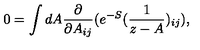
0 = \int d A { \frac { \partial } { \partial A _ { i j } } } ( e ^ { - S } ( { \frac { 1 } { z - A } } ) _ { i j } ) ,